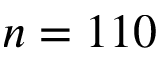
n = 1 1 0